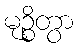
မုဉ္စိတွာ